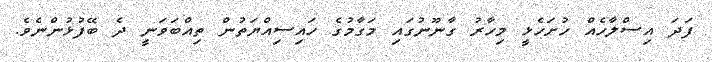
ފަދަ އިސްލާހެއް ހުށަހެޅީ މިހާރު ގާނޫނުގައި މަގާމުގެ ހައިސިއްޔަތުން ތިއްބަވަނީ ދެ ބޭފުޅުންނެވެ.